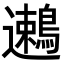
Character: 𬩯